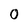
Character: O